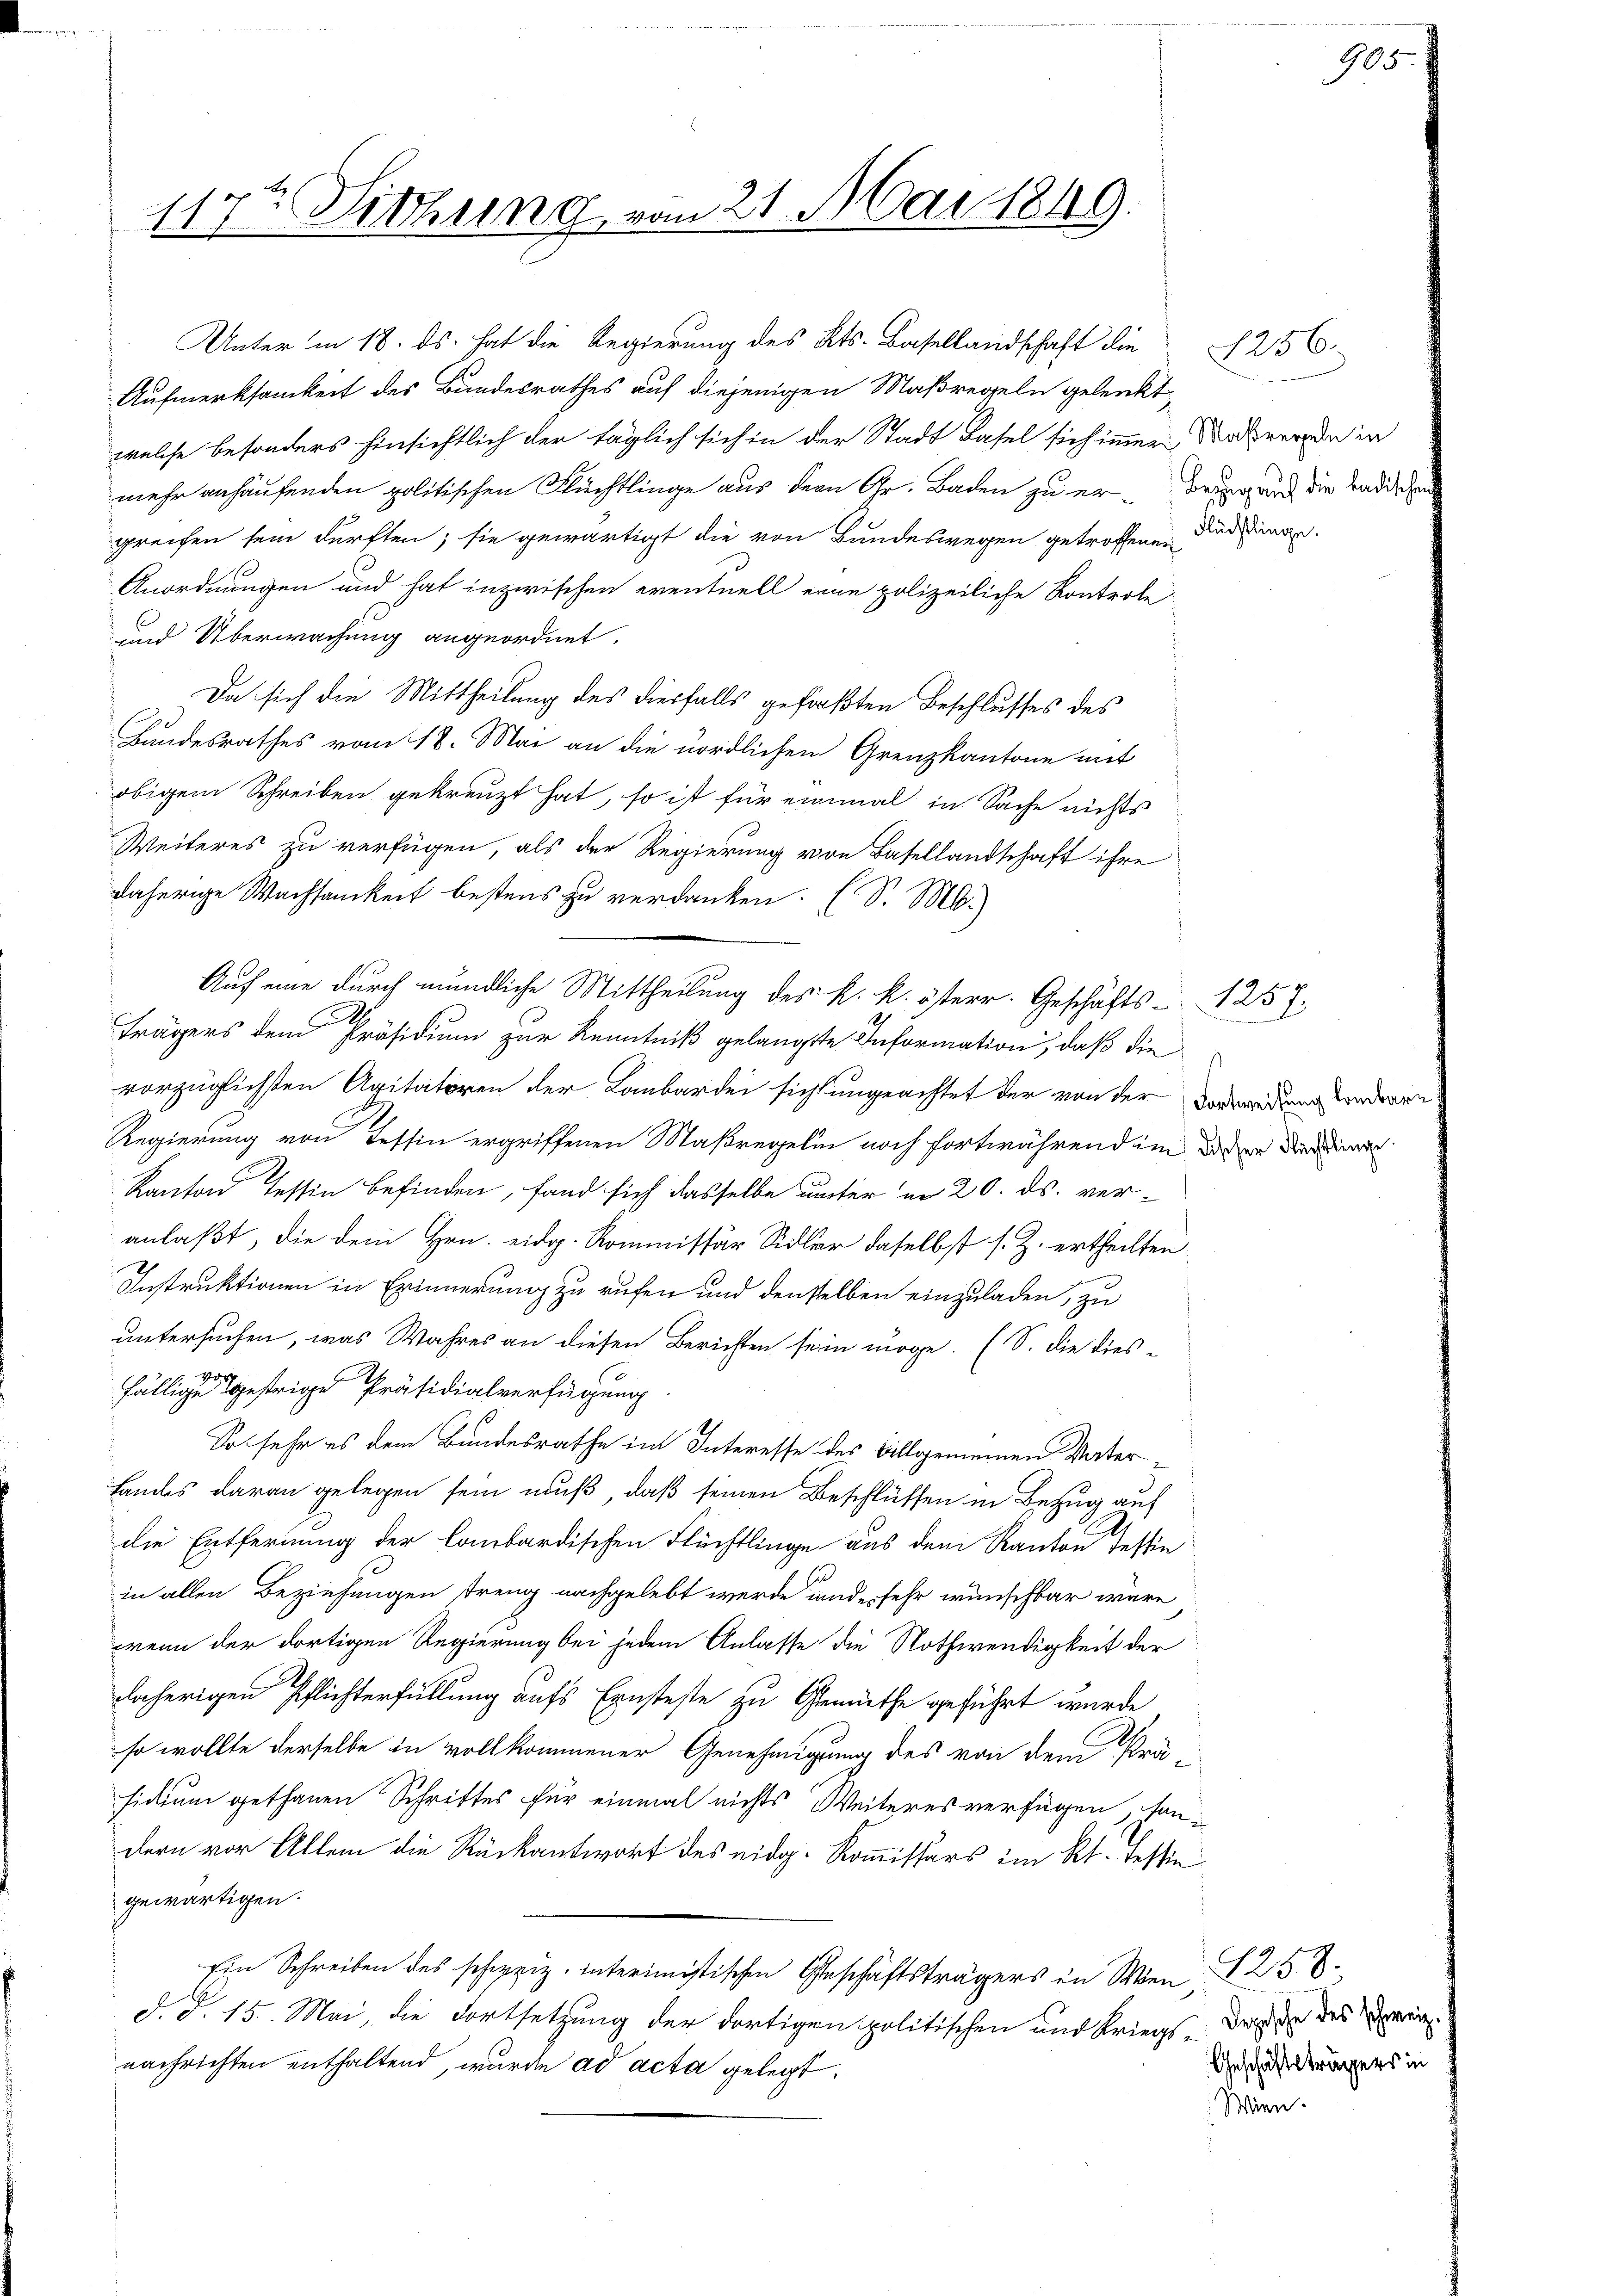
u
17ten Sitzung vom 21. Mai 1849.

Aufmerksamkeit des Bundesrathes auf diejenigen Maßregeln gelenkt,
welche besonders hinsichtlich der täglich sich in der Stadt Basel sich immer Nachwerde in
mehr anhausenden politischen Flüchtlinge aus dem Gr. Baden zu er- beigend die Badde
greifen sein dürften; sie gewärtigt die von Bundeswegen getroffenen Audien
Anordnungen und hat inzwischen eventuell eine polizeiliche Kontrole
und Überwachung angeordnet.
Da sich die Mittheilung des diesfalls gefaßten Beschlusses des
Bandesrathes vom 18. Mai an die nördlichen Grenzkantone mit
obigem Schreiben gekreuzt hat, so ist für einmal in Sache nichts
Weiteres zu verfügen, als der Regierung von Basellandschaft ihre
daherige Wachsamkeit bestens zu verdanken. (S. M.
2
Trägers dem Präsidium zur Kenntniß gelangte Information, daß die
vorzüglichsten Agitatoren der Laubardei sicht ungeachtet der von der Vorredung sondere
Regierung von Tessin ergriffenen Maßregelin noch fortwährend im oder die
Kanton Tessin befinden, fand sich dasselbe unter in 20. ds. ver-
anlaßt, die dem Hrn. eidg. Kommissär Sidler daselbst s. Z. ertheilten
Instruktionen in Erinnerung zu rufen und denselben einzuladen, zu
untersuchen, was Wahres an diesen Berichten sein möge. (S. die dies-
fällige gestrige Präsidialverfügung
So sehr es dem Bundesrathe im Interesse des Allgemeinen Vater¬
Landes daran gelegen sein muß, daß seinen Beschlüssen in Bezug auf
die Entfernung der lombardischen Flüchtlinge aus dem Kanton Tessin
in allen Beziehungen treng nachgelebt werde und es sehr wünschbar wäre
wenn der dortigen Regierung bei jedem Anlasse die Nothwendigkeit der
daherigen Pflichterfüllung aufs Ernsteste zu Gemüthe geführt wurde
so wollte derselbe in vollkommener Genehmigung des von dem Prä-
sidium gethanen Schrittes für einmal nichts Weiteres verfügen, sondern vor Allem die Rückantwort des eidg. Kommissärs im Rt. Tessin
gewärtigen.
Ein Schreiben des schweiz. interimistischen Geschäftsträgers in Wien
d. d. 15. Mai, die Fortsetzung der dortigen politischen und Kriegs-
nachrichten enthaltend, wurde ad acta gelegt.

Unter in 18. ds. hat die Regierung des Kts. Basellandschaft die

Auf eine durch mündliche Mittheilung des k. k. österr. Geschäfts- 1. 257.

1256.

905

8258.
Depische des schweiz. E
Geschäftsträgers in
Wien.